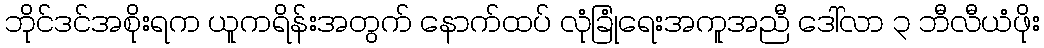
ဘိုင်ဒင်အစိုးရက ယူကရိန်းအတွက် နောက်ထပ် လုံခြုံရေးအကူအညီ ဒေါ်လာ ၃ ဘီလီယံဖိုး